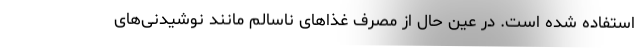
استفاده شده است. در عین حال از مصرف غذاهای ناسالم مانند نوشیدنی‌های